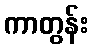
ကာတွန်း